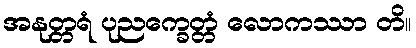
အနုတ္တရံ ပုညက္ခေတ္တံ လောကဿာ တိ။